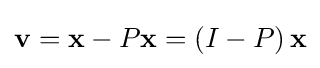
\mathbf {v} =\mathbf {x} -P\mathbf {x} =\left(I-P\right)\mathbf {x}